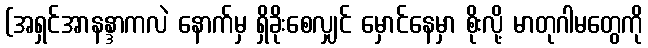
(အရှင်အာနန္ဒာကလဲ နောက်မှ ရှိခိုးစေလျှင် မှောင်နေမှာ စိုးလို့ မာတုဂါမတွေကို